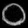
Digit: ၀